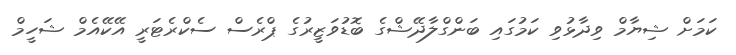
ކަމަށް ޝިޔާމް ވިދާޅުވި ކަމުގައި ބަންގްލާދޭޝްގެ ބޮޑުވަޒީރުގެ ޕްރެސް ސެކްރެޓަރީ އޭކޭއެމް ޝަހީމް